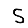
Digit: 5